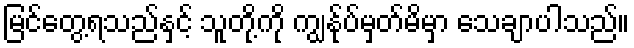
မြင်တွေ့ရသည်နှင့် သူတို့ကို ကျွန်ုပ်မှတ်မိမှာ သေချာပါသည်။